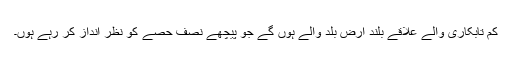
کم تابکاری والے علاقے بلند ارض بلد والے ہوں گے جو پیچھے نصف حصّے کو نظر انداز کر رہے ہوں۔